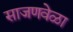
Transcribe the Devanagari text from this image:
साजणवेळा